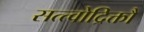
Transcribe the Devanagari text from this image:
सत्त्वोद्रिक्तौ